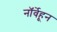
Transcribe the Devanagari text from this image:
नॉर्वेहून